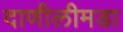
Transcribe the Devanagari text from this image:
दाणीलीमडा